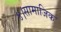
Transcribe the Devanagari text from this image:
४।सामाजिक